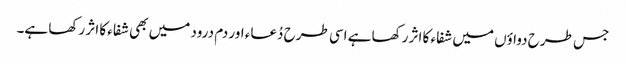
جس طرح دواؤں میں شفاء کا اثر رکھا ہے اسی طرح دُعاء اور دم درود میں بھی شفاء کا اثر رکھا ہے۔